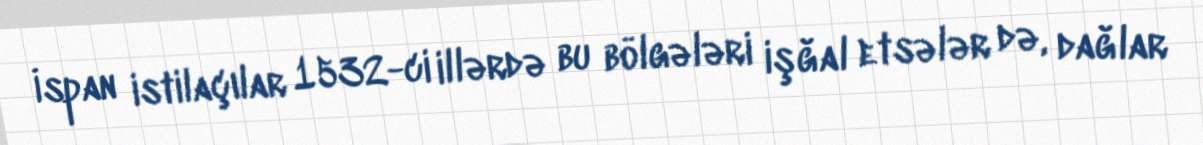
İspan istilaçılar 1532-ci illərdə bu bölgələri işğal etsələr də, dağlar